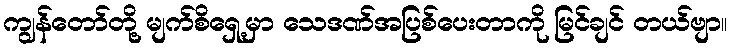
ကျွန်တော်တို့ မျက်စိရှေ့မှာ သေဒဏ်အပြစ်ပေးတာကို မြင်ချင် တယ်ဗျာ။